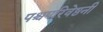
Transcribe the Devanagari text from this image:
पश्चपरिवेष्ठनी